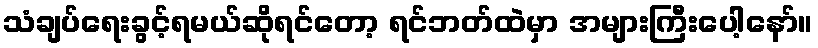
သံချပ်ရေးခွင့်ရမယ်ဆိုရင်တော့ ရင်ဘတ်ထဲမှာ အများကြီးပေါ့နော်။